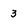
Character: 3